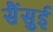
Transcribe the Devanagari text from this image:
सैंसुई